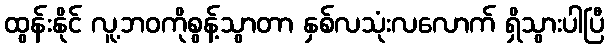
ထွန်းနိုင် လူ့ဘဝကိုစွန့်သွာတာ နှစ်လသုံးလလောက် ရှိသွားပါပြီ